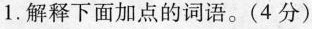
1. 解释下面加点的词语。(4分)